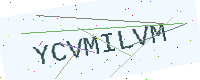
Text: YCVMILVM